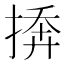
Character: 𪮓